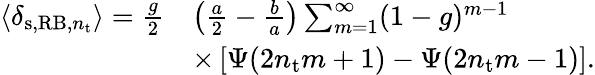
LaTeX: \begin{array}{rl}{\langle\delta_{\mathrm{s},\mathrm{RB},n_{\mathrm{t}}}\rangle=\frac{g}{2}}&{\left(\frac{a}{2}-\frac{b}{a}\right)\sum_{m=1}^{\infty}(1-g)^{m-1}}\\ &{\times\left[\Psi(2n_{\mathrm{t}}m+1)-\Psi(2n_{\mathrm{t}}m-1)\right].}\end{array}